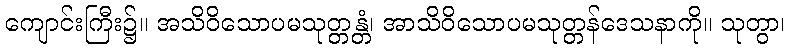
ကျောင်းကြီး၌။ အသိဝိသောပမသုတ္တန္တံ၊ အာသိဝိသောပမသုတ္တန်ဒေသနာကို။ သုတွာ၊